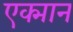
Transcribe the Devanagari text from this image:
एक्मान